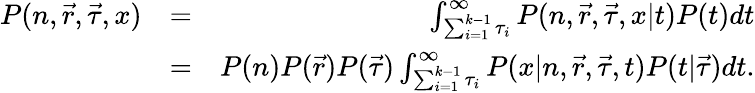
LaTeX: \begin{array}{rlr}{P(n,\vec{r},\vec{\tau},x)}&{=}&{\int_{\sum_{i=1}^{k-1}\tau_{i}}^{\infty}P(n,\vec{r},\vec{\tau},x|t)P(t)dt}\\ &{=}&{P(n)P(\vec{r})P(\vec{\tau})\int_{\sum_{i=1}^{k-1}\tau_{i}}^{\infty}P(x|n,\vec{r},\vec{\tau},t)P(t|\vec{\tau})dt.}\end{array}